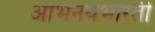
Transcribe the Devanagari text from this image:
अभिनयभारती